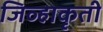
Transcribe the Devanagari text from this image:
जिव्हाकृती